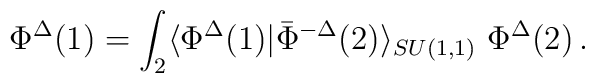
\Phi^\Delta(1) = \int_2 \langle \Phi^\Delta(1)| \bar\Phi^{-\Delta}(2)\rangle_{SU(1,1)} \  \Phi^\Delta(2)\,.